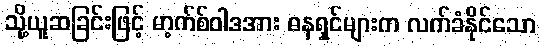
သို့ယူဆခြင်းဖြင့် မာ့က်စ်ဝါဒအား ဓနရှင်များက လက်ခံနိုင်သော